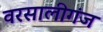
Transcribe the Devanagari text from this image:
वरसालीगंज